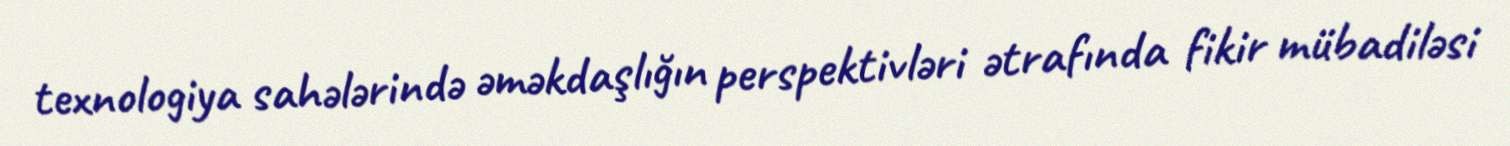
texnologiya sahələrində əməkdaşlığın perspektivləri ətrafında fikir mübadiləsi